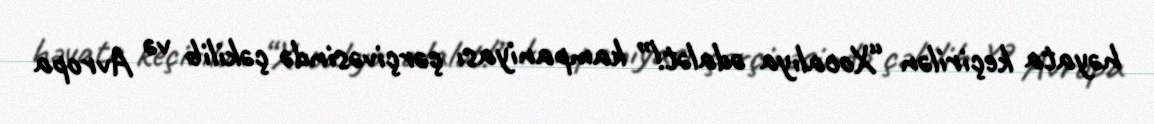
həyata keçirilən “Xocalıya ədalət!” kampaniyası çərçivəsində çəkilib və Avropa